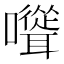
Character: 𡄭